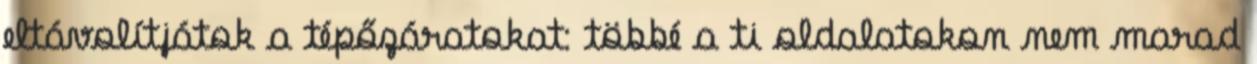
eltávolítjátok a tépőzáratokat: többé a ti oldalatokon nem marad